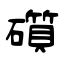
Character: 礩